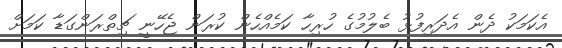
އެކަމަކު ދެން އެދަރިފުޅު ބެލުމުގެ ހުރިހާ ކަމެއްހެން ކުރަން ޖެހޭނީ ޗިތްރަންގަޑާ ކަމަށް